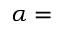
\alpha =